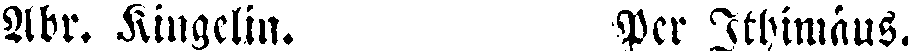
Abr. Kingelin. Per Ithimäus.